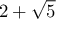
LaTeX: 2 + { \sqrt { 5 } }